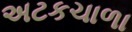
અટકચાળા